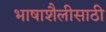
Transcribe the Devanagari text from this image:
भाषाशैलीसाठी